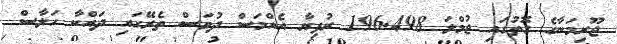
ޖޫރިމަނާގެ ގޮތުގައި ޖުމްލަ 196